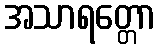
အသာရတ္တော